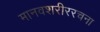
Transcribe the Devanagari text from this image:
मानवशरीररचना